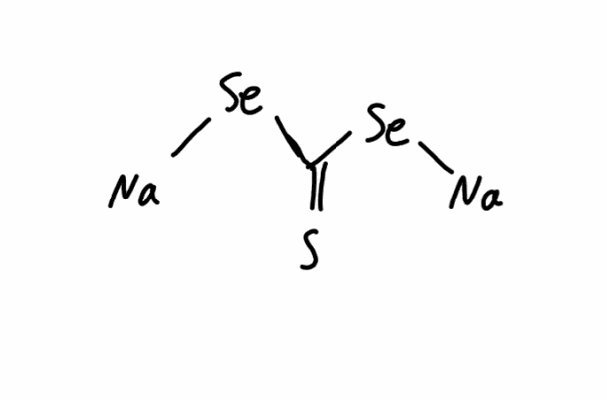
Simplified molecular-input line-entry system (SMILES) notation of the given molecule:
C(=S)([Se][Na])[Se][Na]